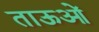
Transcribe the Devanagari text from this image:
ताऊओं